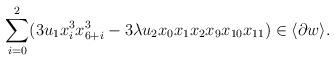
LaTeX: \begin{align*} \sum_{i=0}^2(3u_1x_i^3x_{6+i}^3-3\lambda u_2x_0x_1x_2x_9x_{10}x_{11})\in\langle\partial w\rangle.\end{align*}